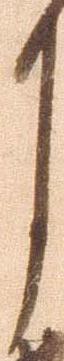
月